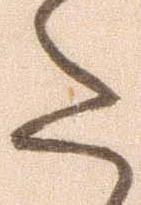
た